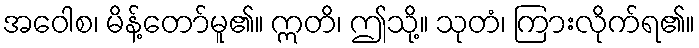
အဝေါစ၊ မိန့်တော်မူ၏။ ဣတိ၊ ဤသို့။ သုတံ၊ ကြားလိုက်ရ၏။